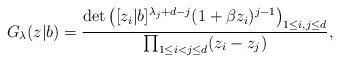
LaTeX: \begin{align*}G_{\lambda}(z|b)=\frac{\det\left([z_i|b]^{\lambda_j+d-j}(1+\beta z_i)^{j-1}\right)_{1\leq i,j\leq d}}{\prod_{1\leq i<j\leq d}(z_i-z_j)},\end{align*}